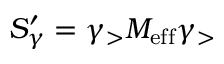
S _ { \gamma } ^ { \prime } = { \gamma } _ { > } M _ { \mathrm { { e f f } } } { \gamma } _ { > }